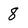
Character: 8